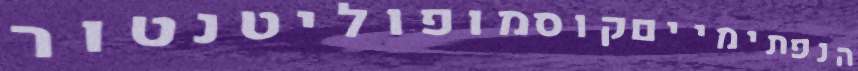
הנפתימייםקוסמופוליטנטור